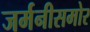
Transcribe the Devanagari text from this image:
जर्मनीसमोर